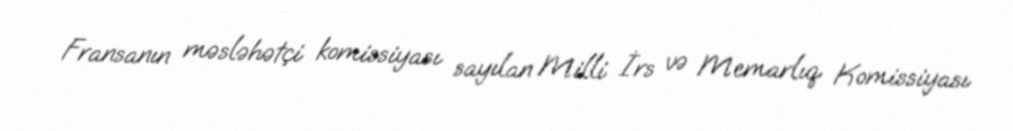
Fransanın məsləhətçi komissiyası sayılan Milli İrs və Memarlıq Komissiyası